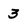
Character: 3